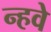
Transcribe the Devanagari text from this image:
न्हवे